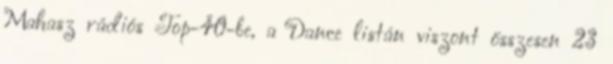
Mahasz rádiós Top-40-be, a Dance listán viszont összesen 23